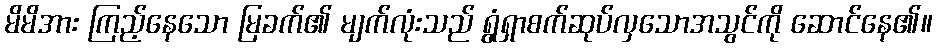
မိမိအား ကြည့်နေသော မြခက်၏ မျက်လုံးသည် ရွံရှာစက်ဆုပ်လှသောအသွင်ကို ဆောင်နေ၏။